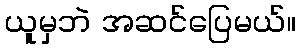
ယူမှဘဲ အဆင်ပြေမယ်။